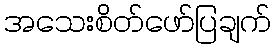
အသေးစိတ်ဖော်ပြချက်